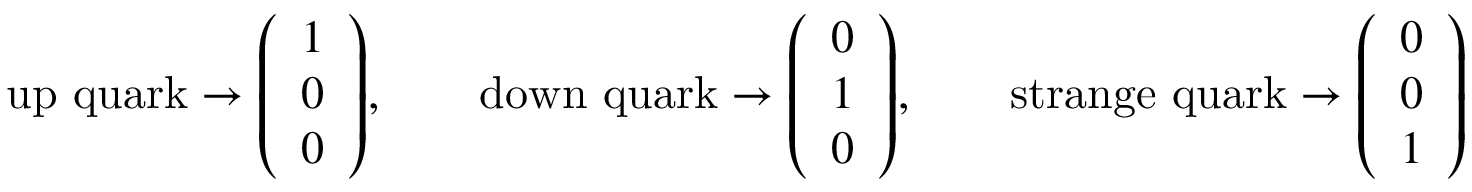
{ \mathrm { u p ~ q u a r k } } \rightarrow { \left( \begin{array} { l } { 1 } \\ { 0 } \\ { 0 } \end{array} \right) } , \qquad { \mathrm { d o w n ~ q u a r k } } \rightarrow { \left( \begin{array} { l } { 0 } \\ { 1 } \\ { 0 } \end{array} \right) } , \qquad { \mathrm { s t r a n g e ~ q u a r k } } \rightarrow { \left( \begin{array} { l } { 0 } \\ { 0 } \\ { 1 } \end{array} \right) }